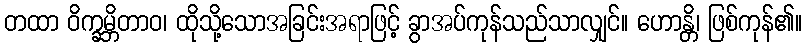
တထာ ဝိက္ခမ္ဘိတာဝ၊ ထိုသို့သောအခြင်းအရာဖြင့် ခွာအပ်ကုန်သည်သာလျှင်။ ဟောန္တိ၊ ဖြစ်ကုန်၏။